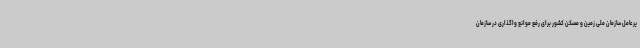
یرعامل سازمان ملی زمین و مسکن کشور برای رفع موانع واگذاری در سازمان